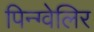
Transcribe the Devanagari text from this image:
पिन्ग्वेलिर